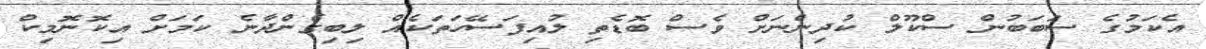
އެކަމުގެ ސަބަބުން ސްކޫލް ކުދިންނަށް ވެސް ބޮޑެތި ލުއިފަސޭހަތަކެއް ލިބިގެންދާނެ ކަމަށް އިކޮނޮމިކް